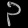
Digit: ၃